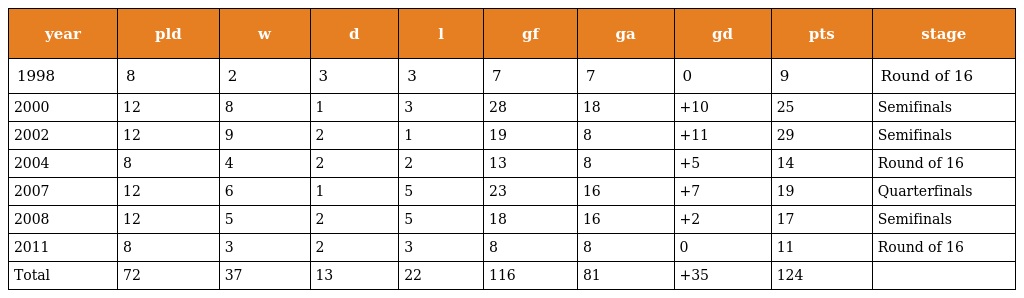
| year | pld | w | d | l | gf | ga | gd | pts | stage |
 | --- | --- | --- | --- | --- | --- | --- | --- | --- | --- |
 | 1998 | 8 | 2 | 3 | 3 | 7 | 7 | 0 | 9 | Round of 16 |
 | 2000 | 12 | 8 | 1 | 3 | 28 | 18 | +10 | 25 | Semifinals |
 | 2002 | 12 | 9 | 2 | 1 | 19 | 8 | +11 | 29 | Semifinals |
 | 2004 | 8 | 4 | 2 | 2 | 13 | 8 | +5 | 14 | Round of 16 |
 | 2007 | 12 | 6 | 1 | 5 | 23 | 16 | +7 | 19 | Quarterfinals |
 | 2008 | 12 | 5 | 2 | 5 | 18 | 16 | +2 | 17 | Semifinals |
 | 2011 | 8 | 3 | 2 | 3 | 8 | 8 | 0 | 11 | Round of 16 |
 | Total | 72 | 37 | 13 | 22 | 116 | 81 | +35 | 124 |  |